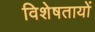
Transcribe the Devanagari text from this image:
विशेषतायों